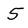
Character: 5